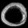
Digit: ၀